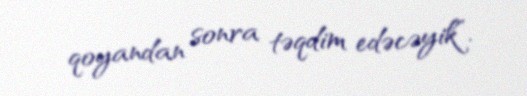
qoyandan sonra təqdim edəcəyik”.